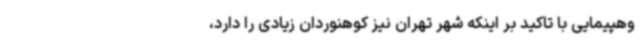
وهپیمایی با تاکید بر اینکه شهر تهران نیز کوهنوردان زیادی را دارد،